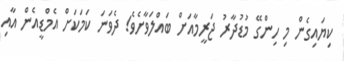
ކިޔައިގެން މި ހިންގޭ މުޑުދާރު ޖަރީމާއަށް ބައްލަވާށެވެ! ދެވަނަ ކަމަކަށް އެމްޑީއެން އާއި